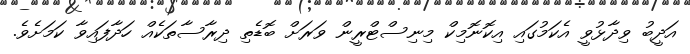
އަދީބު ވިދާޅުވީ އެކަމުގައި އިކޮނޮމިކް މިނިސްޓްރީން ވަރަށް ބޮޑެތި ދިރާސާތަކެއް ހަދާފައިވާ ކަމަށެވެ.